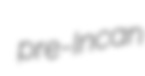
pre-Incan